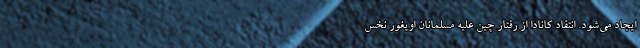
ایجاد می‌شود. انتقاد کانادا از رفتار چین علیه مسلمانان اویغور نخس